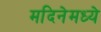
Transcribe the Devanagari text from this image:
मदिनेमध्ये